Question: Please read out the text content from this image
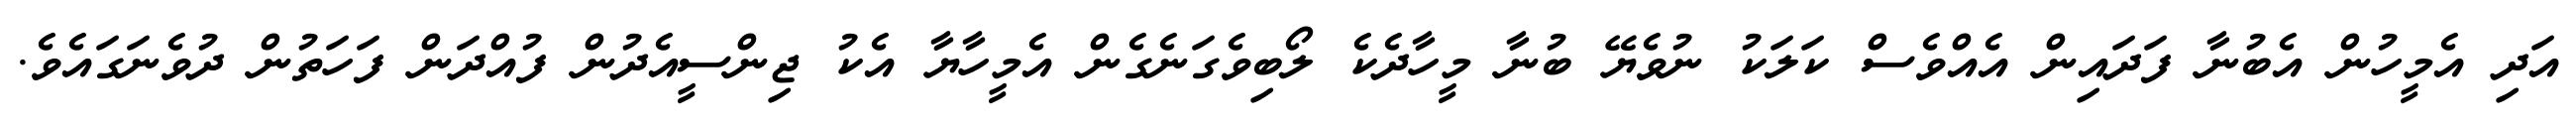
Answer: އަދި އެމީހުން އެބުނާ ފަދައިން އެއްވެސް ކަލަކު ނުވެޔޭ ބުނާ މީހާދެކެ ލޯބިވެގަނެގެން އެމީހާޔާ އެކު ޖިންސީއެދުން ފުއްދަން ފަހަތުން ދުވެނަގައެވެ.